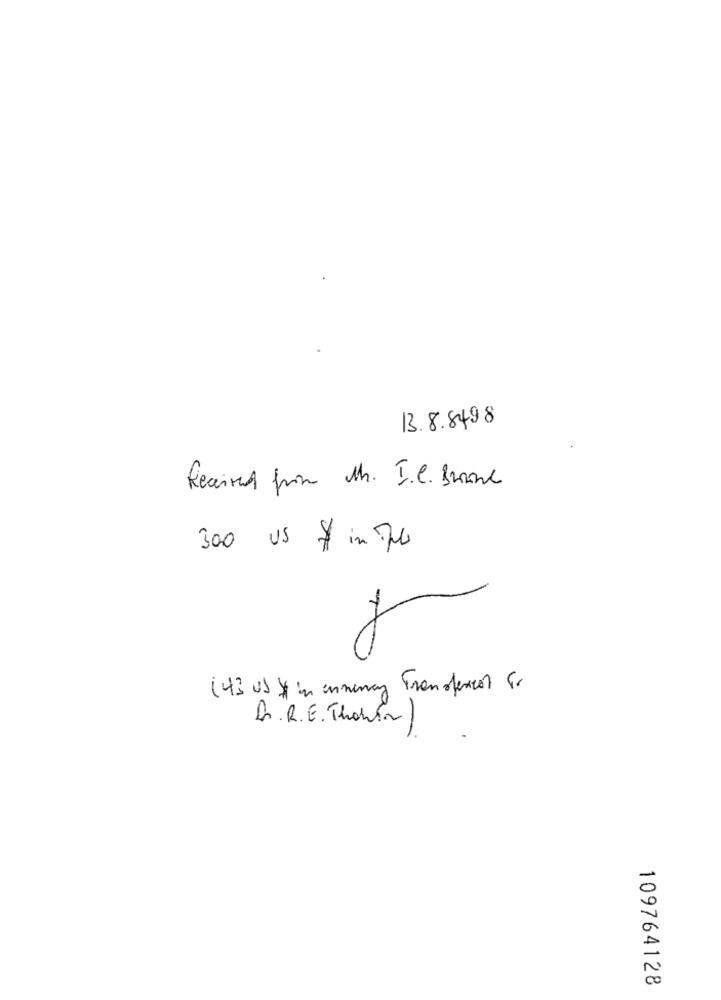
13.8.8498
Received from M. I.C. Brane
300 US $ in 74
(43 us $in enneway Transfercor C.
Dr.R.E. Thomson/
109764128